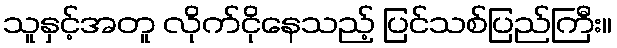
သူနှင့်အတူ လိုက်ငိုနေသည့် ပြင်သစ်ပြည်ကြီး။